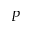
P